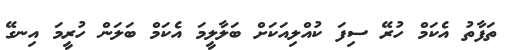
ތަފާތު އެކަމް ހުރޭ ސިފަ ކުއްލިއަކަށް ބަލާލީމަ އެކަމް ބަލަން ހުރީމަ އިނގޭ